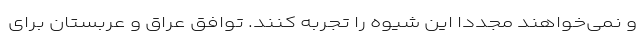
و نمی‌خواهند مجددا این شیوه را تجربه کنند. توافق عراق و عربستان برای